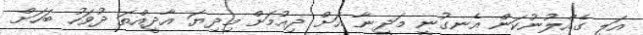
އަލީ ގެއްލުނުކަން އެނގުނީ މަދީނާ އަށް ދިއުމަށް މިދިޔަ އާދީއްތަ ދުވަހު ބަހަށް